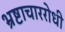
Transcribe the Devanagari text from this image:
भ्रष्टाचाररोधी